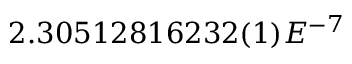
2 . 3 0 5 1 2 8 1 6 2 3 2 ( 1 ) E ^ { - 7 }